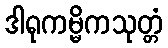
ဒါရုကမ္မိကသုတ္တံ